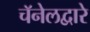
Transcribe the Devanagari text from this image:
चॅनेलद्वारे